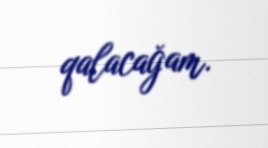
qalacağam.